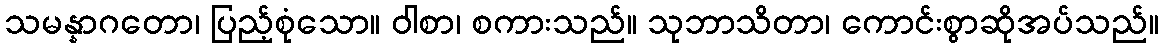
သမန္နာဂတော၊ ပြည့်စုံသော။ ဝါစာ၊ စကားသည်။ သုဘာသိတာ၊ ကောင်းစွာဆိုအပ်သည်။